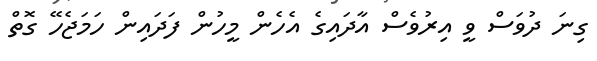
ގިނަ ދުވަސް ވީ އިރުވެސް އާދައިގެ އެހެން މީހުން ފަދައިން ހަމަޖެހޭ ގޮތް